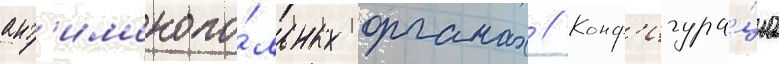
ант'имонопо́льных органах // Конф'игура́циа